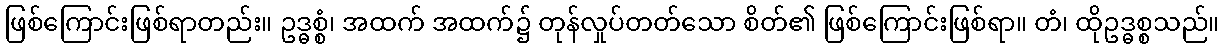
ဖြစ်ကြောင်းဖြစ်ရာတည်း။ ဥဒ္ဓစ္စံ၊ အထက် အထက်၌ တုန်လှုပ်တတ်သော စိတ်၏ ဖြစ်ကြောင်းဖြစ်ရာ။ တံ၊ ထိုဥဒ္ဓစ္စသည်။